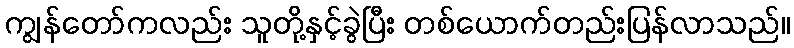
ကျွန်တော်ကလည်း သူတို့နှင့်ခွဲပြီး တစ်ယောက်တည်းပြန်လာသည်။